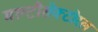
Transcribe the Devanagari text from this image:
मल्टीसेक्टोरल